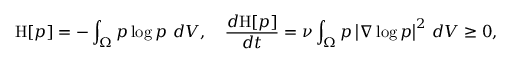
\mathrm { H } [ p ] = - \int _ { \Omega } p \log p \ d V , \quad \frac { d \mathrm { H } [ p ] } { d t } = \nu \int _ { \Omega } p \left\lvert { \nabla \log p } \right\rvert ^ { 2 } \, d V \ge 0 ,